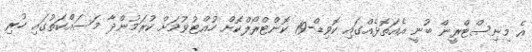
އެ މިނިސްޓްރީން ބުނީ އެއަތޮޅެއްގައި ކޮވިޑް-19 ކޮންޓްރޯލްކޮށް ހުއްޓުވުމަށް ކުރަމުންދާ މަސައްކަތުގައި ހުރި